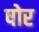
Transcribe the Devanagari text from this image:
षोर